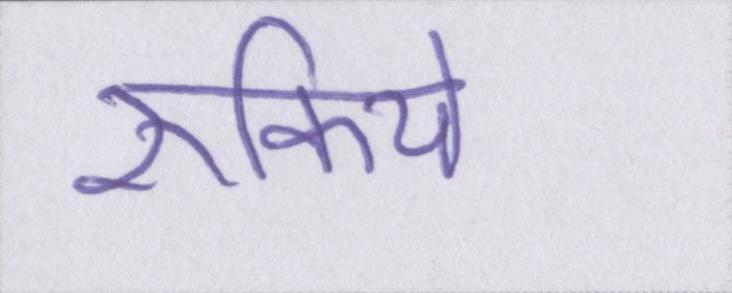
रुकिये